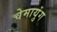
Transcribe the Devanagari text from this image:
चेमायुंग